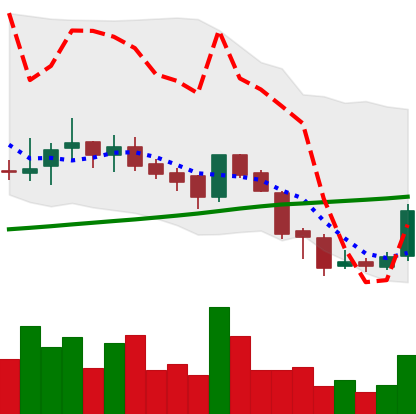
Ticker: BNB-USD
Chart end date: 2018-07-16
Forward return: -7.947%
Label: down_7plus